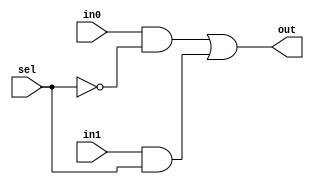
`timescale 1ns / 1ps


module gate1(

    input in0,
    input in1,
    input sel,
    output out
    );
    
    // Varianta 1 cu Assign 
    
    // out = w1 | w2
    
    wire w1;
    wire w2;
    
    assign w1 = in0 & ~ sel;
    assign w2 = in1 & ~ sel;
    assign out = (in0 & ~ sel) | (in1 & sel);
    
endmodule